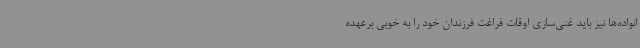
انواده‌ها نیز باید غنی‌سازی اوقات فراغت فرزندان خود را به خوبی برعهده